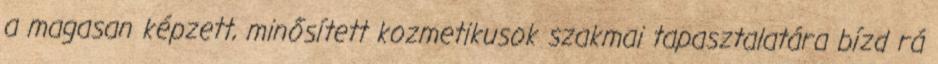
a magasan képzett, minősített kozmetikusok szakmai tapasztalatára bízd rá